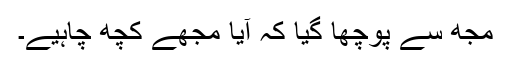
مجھ سے پوچھا گیا کہ آیا مجھے کچھ چاہیے۔